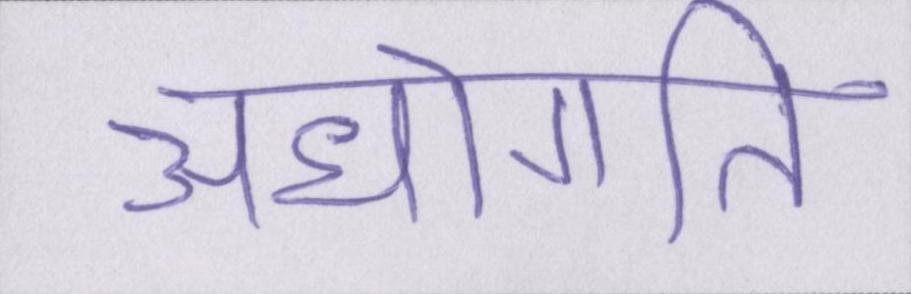
अधोगति